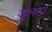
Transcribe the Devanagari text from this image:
डुलता